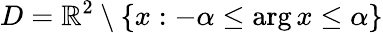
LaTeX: D=\mathbb{R}^{2}\setminus\left\{ x:-\alpha\leq\arg x\leq\alpha\right\}